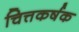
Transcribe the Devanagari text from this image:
चित्तकर्षक